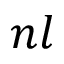
n l